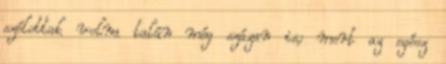
szólottak volna talán még százan is; mert az egész